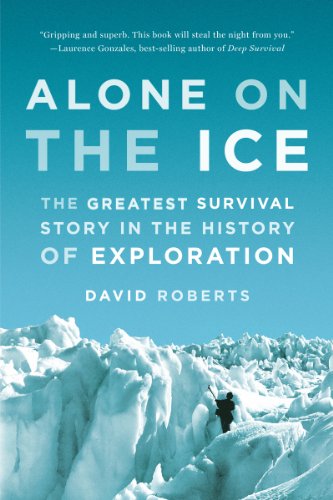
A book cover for Alone on the Ice: The Greatest Survival Story in the History of Exploration; David Roberts; History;